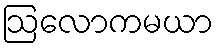
ဩလောကမယာ